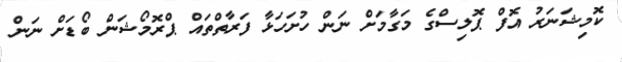
ކޮމިޝަނަރު އޮފް ޕޮލިސްގެ މަގާމަށް ނަން ހުށަހަޅާ ފަރާތްތައް ޕްރޮމޯޝަން ބޯޑަށް ނަން